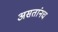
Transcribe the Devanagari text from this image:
असतांनच